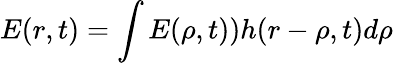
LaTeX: E(r,t)=\int E(\rho,t))h(r-\rho,t)d\rho